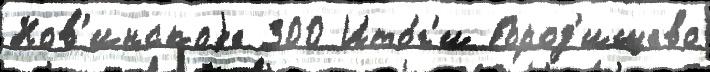
Нов'инскоjе 300 Ито́г'и Город'ищево